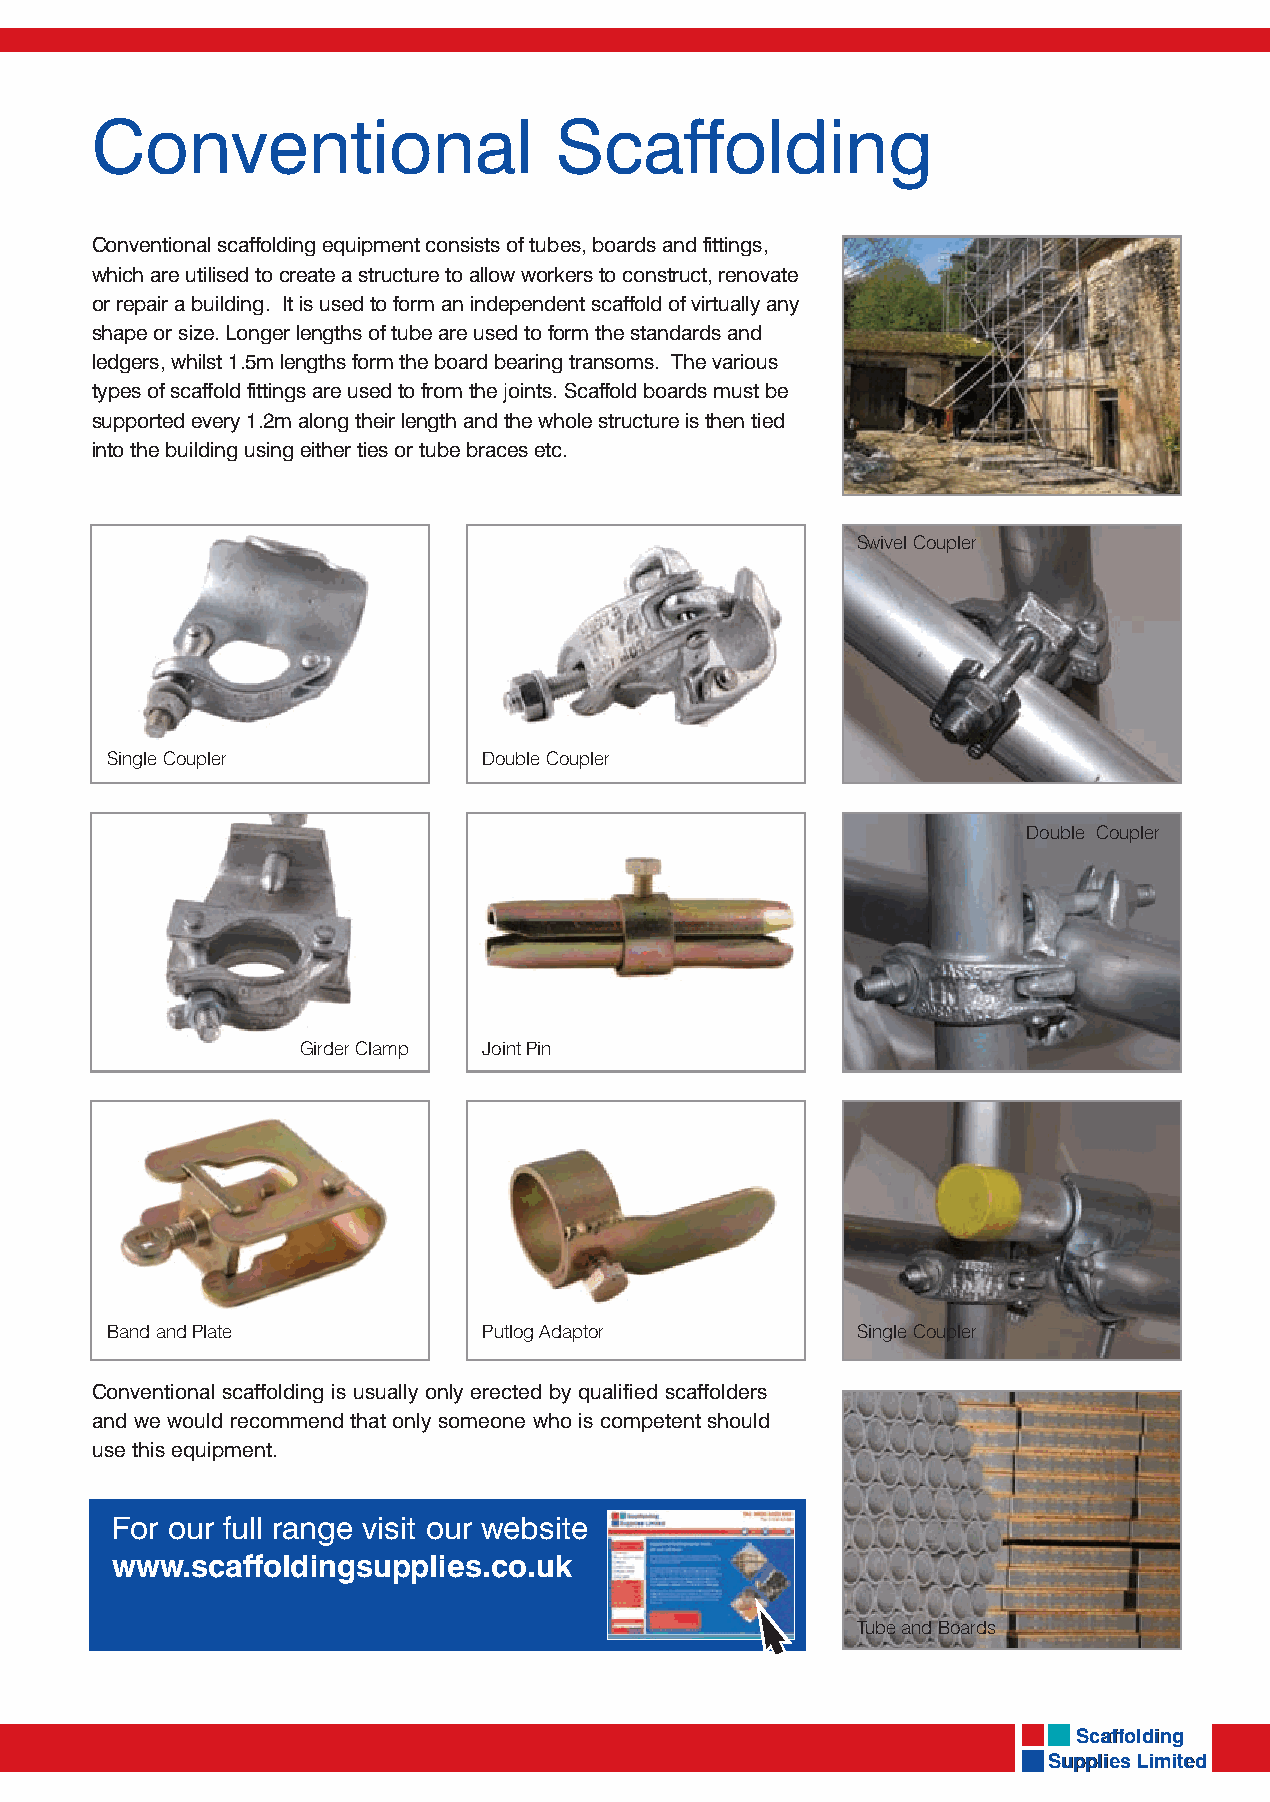
Conventional                   Scaffolding
 Conventional scaffolding equipment consists of tubes, boards and fittings,
 which are utilised to create a structure to allow workers to construct, renovate
 or repair a building. It is used to form an independent scaffold of virtually any
 shape or size. Longer lengths of tube are used to form the standards and
 ledgers, whilst 1.5m lengths form the board bearing transoms. The various
 types of scaffold fittings are used to from the joints. Scaffold boards must be
 supported every 1.2m along their length and the whole structure is then tied
 into the building using either ties or tube braces etc.
 Swivel Coupler
 Single Coupler           Double Coupler
 Double Coupler
 Girder Clamp Joint Pin
 Band and Plate           Putlog Adaptor           Single Coupler
 Conventional scaffolding is usually only erected by qualified scaffolders
 and we would recommend that only someone who is competent should
 use this equipment.
 For our full range visit our website
 www.scaffoldingsupplies.co.uk
 Tube and Boards
 SSccaaffffoollddiinngg
 SSuupppplliieess LLiimmiitteedd